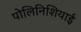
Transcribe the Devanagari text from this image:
पोलिनिशियाई